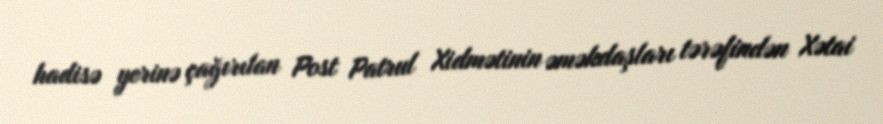
hadisə yerinə çağırılan Post Patrul Xidmətinin əməkdaşları tərəfindən Xətai